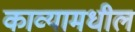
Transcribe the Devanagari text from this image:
काव्यामधील